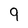
Character: 9